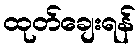
ထုတ်ချေးရန်